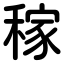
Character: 稼